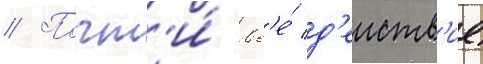
// Почт'и́ вс'е́ д'еиств'ие